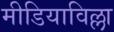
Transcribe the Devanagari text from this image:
मीडियाविल्ला